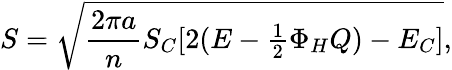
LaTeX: S=\sqrt{{\frac{2\pi a}{n}}S_{C}[2(E-\textstyle{\frac{1}{2}}\Phi_{H}Q)-E_{C}]},